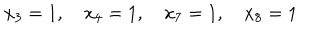
LaTeX: x _ { 3 } = 1 , \quad x _ { 4 } = 1 , \quad x _ { 7 } = 1 , \quad x _ { 8 } = 1